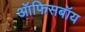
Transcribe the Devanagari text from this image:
ऑफिसबॉय